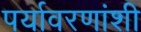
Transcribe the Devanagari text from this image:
पर्यावरणांशी